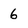
Character: 6